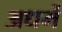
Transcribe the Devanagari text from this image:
अधर्मे